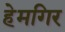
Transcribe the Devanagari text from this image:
हेमगिर